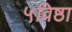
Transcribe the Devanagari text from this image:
५विष्ठा